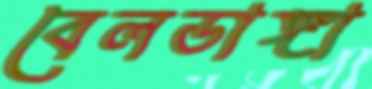
বেলডাঙ্গা